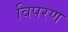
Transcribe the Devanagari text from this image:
विपरण